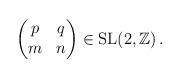
LaTeX: \begin{align*} \begin{pmatrix} p & q\\ m & n\\ \end{pmatrix}\in \mathrm{SL}(2,\mathbb{Z})\,.\end{align*}